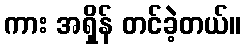
ကား အရှိန် တင်ခဲ့တယ်။